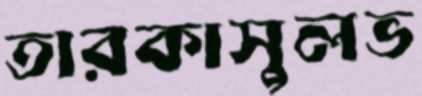
তারকাসুলভ